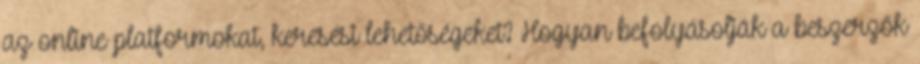
az online platformokat, keresési lehetőségeket? Hogyan befolyásolják a beszerzők